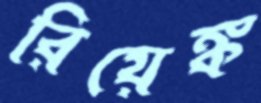
রিয়েঙ্ক